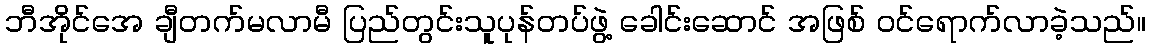
ဘီအိုင်အေ ချီတက်မလာမီ ပြည်တွင်းသူပုန်တပ်ဖွဲ့ ခေါင်းဆောင် အဖြစ် ဝင်ရောက်လာခဲ့သည်။